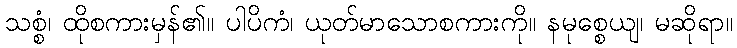
သစ္စံ၊ ထိုစကားမှန်၏။ ပါပိကံ၊ ယုတ်မာသောစကားကို။ နမုစ္စေယျ၊ မဆိုရာ။